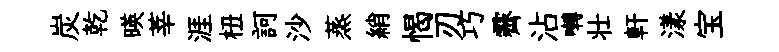
炭乾暎莘涯杻訶沙蒸綃愒刃巧霽沾囀壮軒漾宝